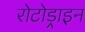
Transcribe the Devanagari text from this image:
रोटोड्राइन